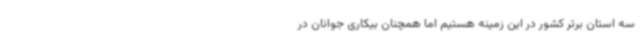
سه استان برتر کشور در این زمینه هستیم اما همچنان بیکاری جوانان در